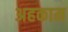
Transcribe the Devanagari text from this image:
अहकाम